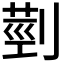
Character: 𦳲